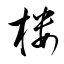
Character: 櫢